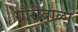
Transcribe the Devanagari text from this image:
गौरीबाळा